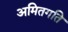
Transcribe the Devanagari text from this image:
अमितगति